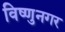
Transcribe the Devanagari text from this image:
विष्णुनगर